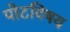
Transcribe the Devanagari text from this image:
पोटविषय